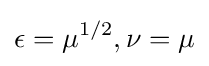
\epsilon =\mu ^{1/2},\nu =\mu